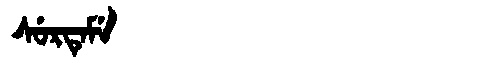
Manchu: ᠰᡠᡵᡨᡝᠮᡝ
Romanization: SURTEME